Lock hospitals Punjab
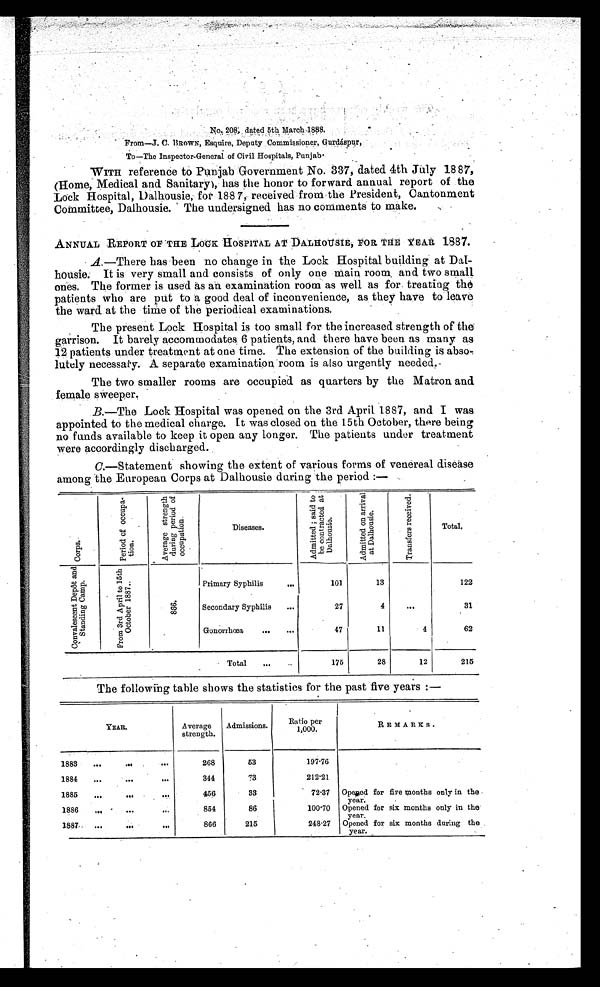
-No. 208, dated 5th March 1888.
From—J. C. BROWN, Esquire, Deputy Commissioner, Gurdáspur,
To—The Inspector-General of Civil Hospitals, Punjab.
WITH reference to Punjab Government No. 337, dated 4th July 1887,
(Home, Medical and Sanitary), has the honor to forward annual report of the
Lock Hospital, Dalhousie, for 1887, received from the President, Cantonment
Committee, Dalhousie. The undersigned has no comments to make.
ANNUAL REPORT OF THE LOCK HOSPITAL AT DALHOUSIE, FOR THE YEAR 1887.
A.—There has been no change in the Lock Hospital building at Dal
- h o u s i e . I t i s v e r y s m a l l a n d c o n s i s t s o f o n l y o n e m a i n r o o m a n d t w o s m a l l
ones. The former is used as an examination room as well as for treating the
patients who are put to good deal of inconvenience, as they have to leave
the ward at the time of the periodical examinations.
The present Lock Hospital is too small for the increased strength of the
garrison. It barely accommodates 6 patients, and there have been as many as
12 patients under treatment at one time. The extension of the building is abso
lutely necessary. A separate examination room is also urgently needed.
The two smaller rooms are occupied as quarters by the Matron and
female sweeper.
B.—The Lock Hospital was opened on the 3rd April 1887, and I was
appointed to the medical charge. It was closed on the 15th October, there being
no funds available to keep it open any longer. The patients under treatment
were accordingly discharged.
C .—Statement showing the extent of various forms of venereal disease
among the European Corps at Dalhousie during the period :—
C r o p s .
P e r i o d o f o c c u p a t i o n .
A v e r a g e s t r e n g t h d u r i n g p e r i o d o f o c c u p a t i o n .
Diseases.
A d m i t t e d ; s a i d t o b e c o n t r a c t e d a t D e l h o u s i e .
A d m i t t e d o n a r r i v a l a t D a l h o u s i e .
T r a n s f e r s r e c e i v e d .
Total.
C o n v a l e s c e n t D e p ô t a n d S t a n d i n g C a m p .
F r o m 3 r d A p r i l t o 1 5 t h O c t o b e r 1 8 8 7 .
8 6 6 .
Primary Syphilis
...
1 0 1
13
122
Secondary Syphilis ...
27
4
...
31
Gonorrhœa
...
47
11
4
62
Total ...
175
28
12
215
The following table shows the statistics for the past five years :—
YEAR.
Average
strength.
Admissions.
per
Ratio
1,000.
REMARKS .
1883 ...
... ...
268
53
197.76
1884 ...
...
...
344
73
212.21
1885 ...
...
456
33
72.37 Opened for five months only in the
year.
1886 ... ...
...
854
86
100.70 Opened for six months only in the
year.
1887 ...
...
...
866
215
248.27 Opened for six months during the
year.